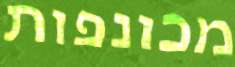
מכונפות